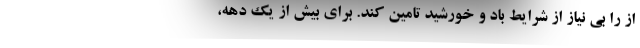
از را بی نیاز از شرایط باد و خورشید تامین کند. برای بیش از یک دهه،